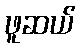
ဖူဆယ်